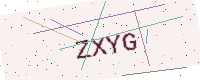
Text: ZXYG